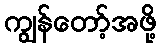
ကျွန်တော့်အဖို့